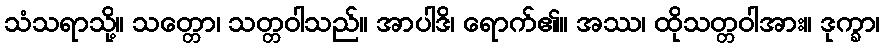
သံသရာသို့။ သတ္တော၊ သတ္တဝါသည်။ အာပါဒိ၊ ရောက်၏။ အဿ၊ ထိုသတ္တဝါအား။ ဒုက္ခာ၊